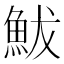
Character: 鮁